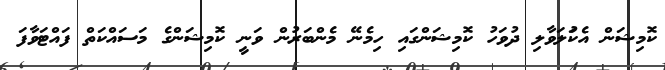
ކޮމިޝަން އެކުަލަވާލި ދުވަހު ކޮމިޝަންގައި ހިމެނޭ މެންބަރުން ވަނީ ކޮމިޝަންގެ މަސައްްކަތް ފައްޓަވާފަ